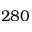
2 8 0